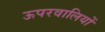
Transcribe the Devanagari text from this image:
ऊपरवालियों